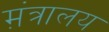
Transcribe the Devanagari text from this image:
म़ंत्रालय